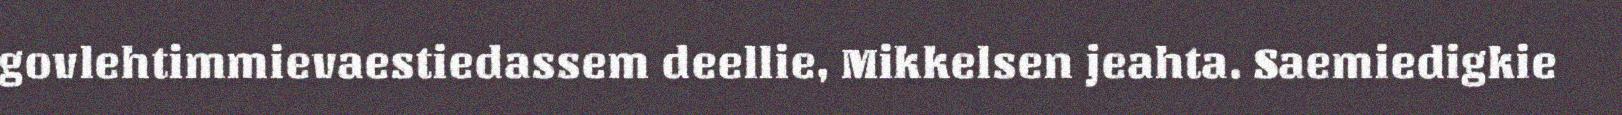
govlehtimmievaestiedassem deellie, Mikkelsen jeahta. Saemiedigkie